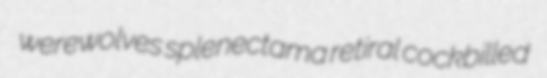
werewolves splenectama retiral cockbilled